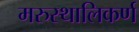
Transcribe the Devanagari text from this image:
मरुस्थालिकर्ण